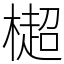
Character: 㯧